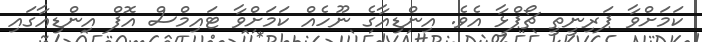
ކަމަށްވާ ޕަރިނީތީ ޗޯޕްޅާ އެވެ. އިންޑިއާގެ ނޫހެއް ކަމަށްވާ ޓައިމްސް އޮފް އިންޑިއާގައި